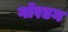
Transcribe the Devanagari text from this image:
गॉरडन